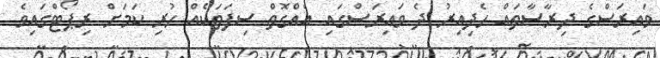
ވައިރަސްގެ ދިރާސާތައް ހެދިއިރު ދެ ވައިރަސްގައި އެއްގޮތް ސިފަތަކެއް ހުރި ކަމަށް ރިޕޯޓްގައިވެ